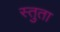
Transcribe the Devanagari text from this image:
स्तुता